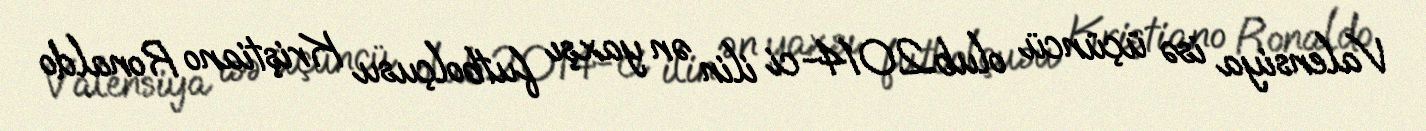
Valensiya isə üçüncü olub.2014-ci ilin ən yaxşı futbolçusu Kriştiano Ronaldo